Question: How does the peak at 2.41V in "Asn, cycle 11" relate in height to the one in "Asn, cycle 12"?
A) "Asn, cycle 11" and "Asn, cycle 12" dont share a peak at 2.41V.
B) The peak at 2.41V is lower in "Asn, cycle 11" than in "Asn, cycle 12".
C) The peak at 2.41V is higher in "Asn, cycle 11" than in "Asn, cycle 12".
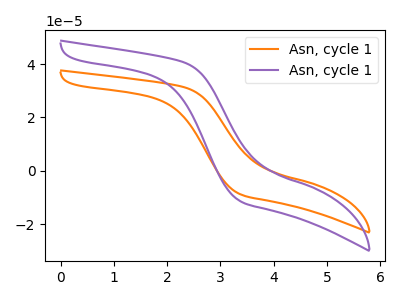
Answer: <think>The orange curve "Asn, cycle 11" has no peaks. The purple curve "Asn, cycle 12" has no peaks.</think>
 <answer>A) "Asn, cycle 11" and "Asn, cycle 12" dont share a peak at 2.41V.</answer>
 <eval>A</eval>